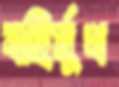
বহির্মুখ